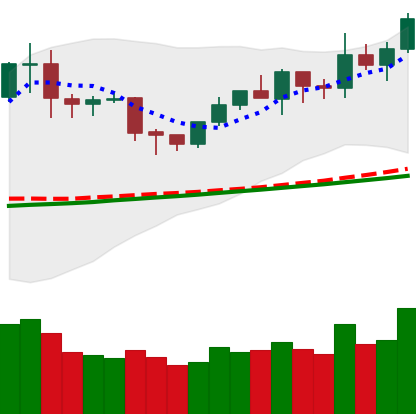
Ticker: NEO-USD
Chart end date: 2020-02-05
Forward return: 6.596%
Label: up_5_7